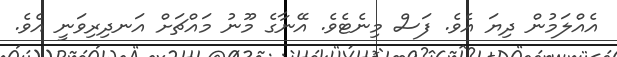
އެއްލަމުން ދިޔަ އެވެ. ފަސް މިނެޓެވެ. އޭނާގެ މޫނު މައްޗަށް އަނދިރިވަނީ އެވެ.